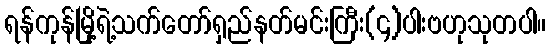
ရန်ကုန်မြို့ရဲ့သက်တော်ရှည်နတ်မင်းကြီး(၄)ပါးဗဟုသုတပါ။